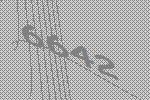
6642